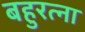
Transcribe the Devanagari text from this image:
बहुरत्ना